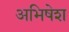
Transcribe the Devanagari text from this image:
अभिषेश